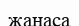
жанаса